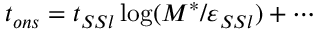
t _ { o n s } = t _ { S S l } \log ( M ^ { * } / \varepsilon _ { S S l } ) + \cdots